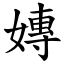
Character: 嫥